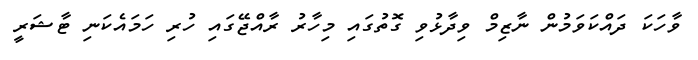
ވާހަކަ ދައްކަވަމުން ނާޒިމް ވިދާޅުވި ގޮތުގައި މިހާރު ރާއްޖޭގައި ހުރި ހަމައެކަނި ޓާޝަރީ